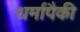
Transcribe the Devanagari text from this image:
धर्मापैकी